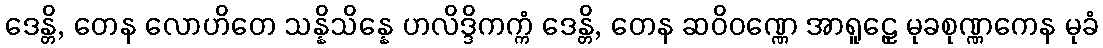
ဒေန္တိ, တေန လောဟိတေ သန္နိသိန္နေ ဟလိဒ္ဒိကက္ကံ ဒေန္တိ, တေန ဆဝိဝဏ္ဏေ အာရူဠှေ မုခစုဏ္ဏကေန မုခံ